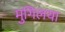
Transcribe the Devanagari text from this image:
मुगिलया